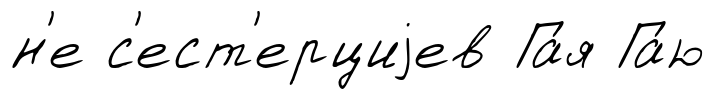
н'е с'ест'ерциjев Га́я Га́ю